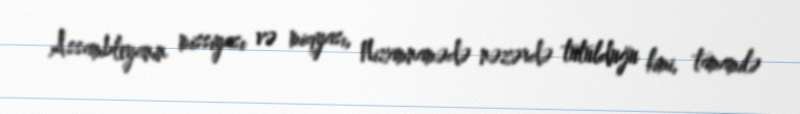
Assambleyanın missiyası və miqyası, Nizamnamədə nəzərdə tutulduğu kimi, tamamilə